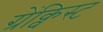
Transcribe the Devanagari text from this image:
ग्रेंक्विस्ट